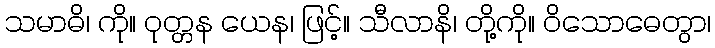
သမာဓိ၊ ကို။ ဝုတ္တန ယေန၊ ဖြင့်။ သီလာနိ၊ တို့ကို။ ဝိသောဓေတွာ၊